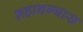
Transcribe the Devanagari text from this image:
लहानग्यास